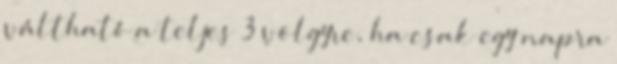
váltható a teljes 3 völgyre, ha csak egy napra